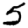
Digit: 5